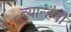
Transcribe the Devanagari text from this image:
त्यान्हैबी